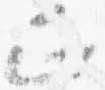
正